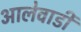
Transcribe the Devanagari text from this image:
आलेवाडी